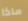
ماذا